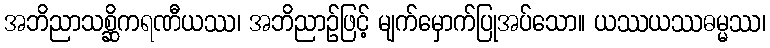
အဘိညာသစ္ဆိကရဏီယဿ၊ အဘိညာဉ်ဖြင့် မျက်မှောက်ပြုအပ်သော။ ယဿယဿဓမ္မဿ၊